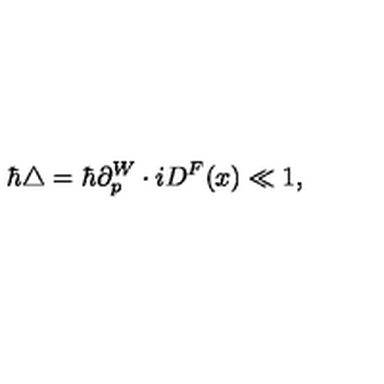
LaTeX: \hbar \triangle = \hbar \partial _ { p } ^ { W } \cdot i D ^ { F } ( x ) \ll 1 ,